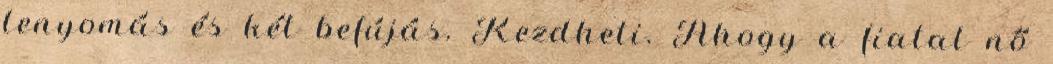
lenyomás és két befújás. Kezdheti. Ahogy a fiatal nő